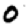
Digit: 0